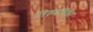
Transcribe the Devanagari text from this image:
तिरुवनिका